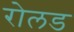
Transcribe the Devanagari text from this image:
रोलड